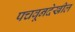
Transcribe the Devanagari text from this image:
पचवूनदेखील